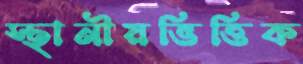
স্থানীয়ভিত্তিক